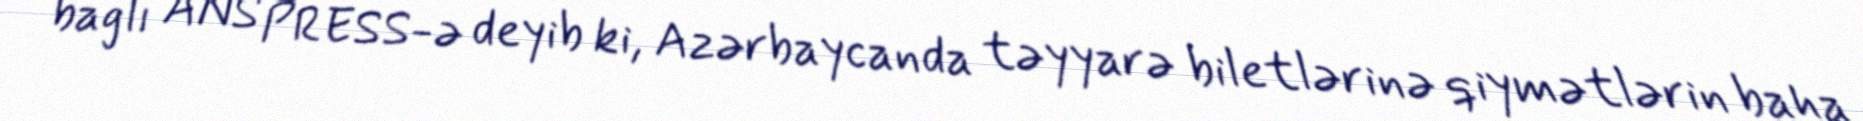
bağlı ANS PRESS-ə deyib ki, Azərbaycanda təyyarə biletlərinə qiymətlərin baha